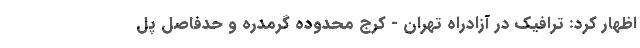
اظهار کرد: ترافیک در آزادراه تهران - کرج محدوده گرمدره و حدفاصل پل